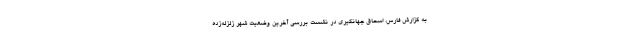
به گزارش فارس، اسحاق جهانگیری در نشست بررسی آخرین وضعیت شهر زلزله‌زده